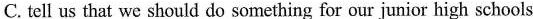
C. tell us that we should do something for our junior high schools